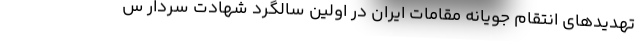
تهدیدهای انتقام جویانه مقامات ایران در اولین سالگرد شهادت سردار س